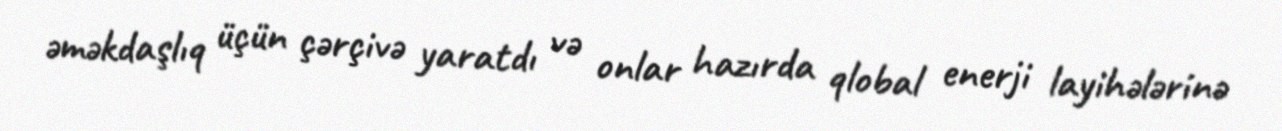
əməkdaşlıq üçün çərçivə yaratdı və onlar hazırda qlobal enerji layihələrinə